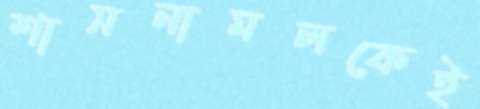
শাসনামলকেই